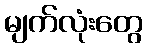
မျက်လုံးတွေ